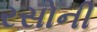
રસોની